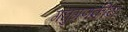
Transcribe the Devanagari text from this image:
गघुगणकीय